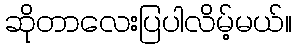
ဆိုတာလေးပြပါလိမ့်မယ်။